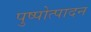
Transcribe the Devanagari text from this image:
पुष्पोत्पादन